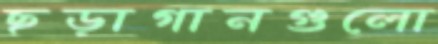
ছড়াগানগুলো